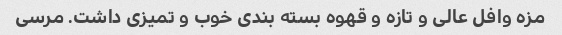
مزه وافل عالی و تازه و قهوه بسته بندی خوب و تمیزی داشت. مرسی